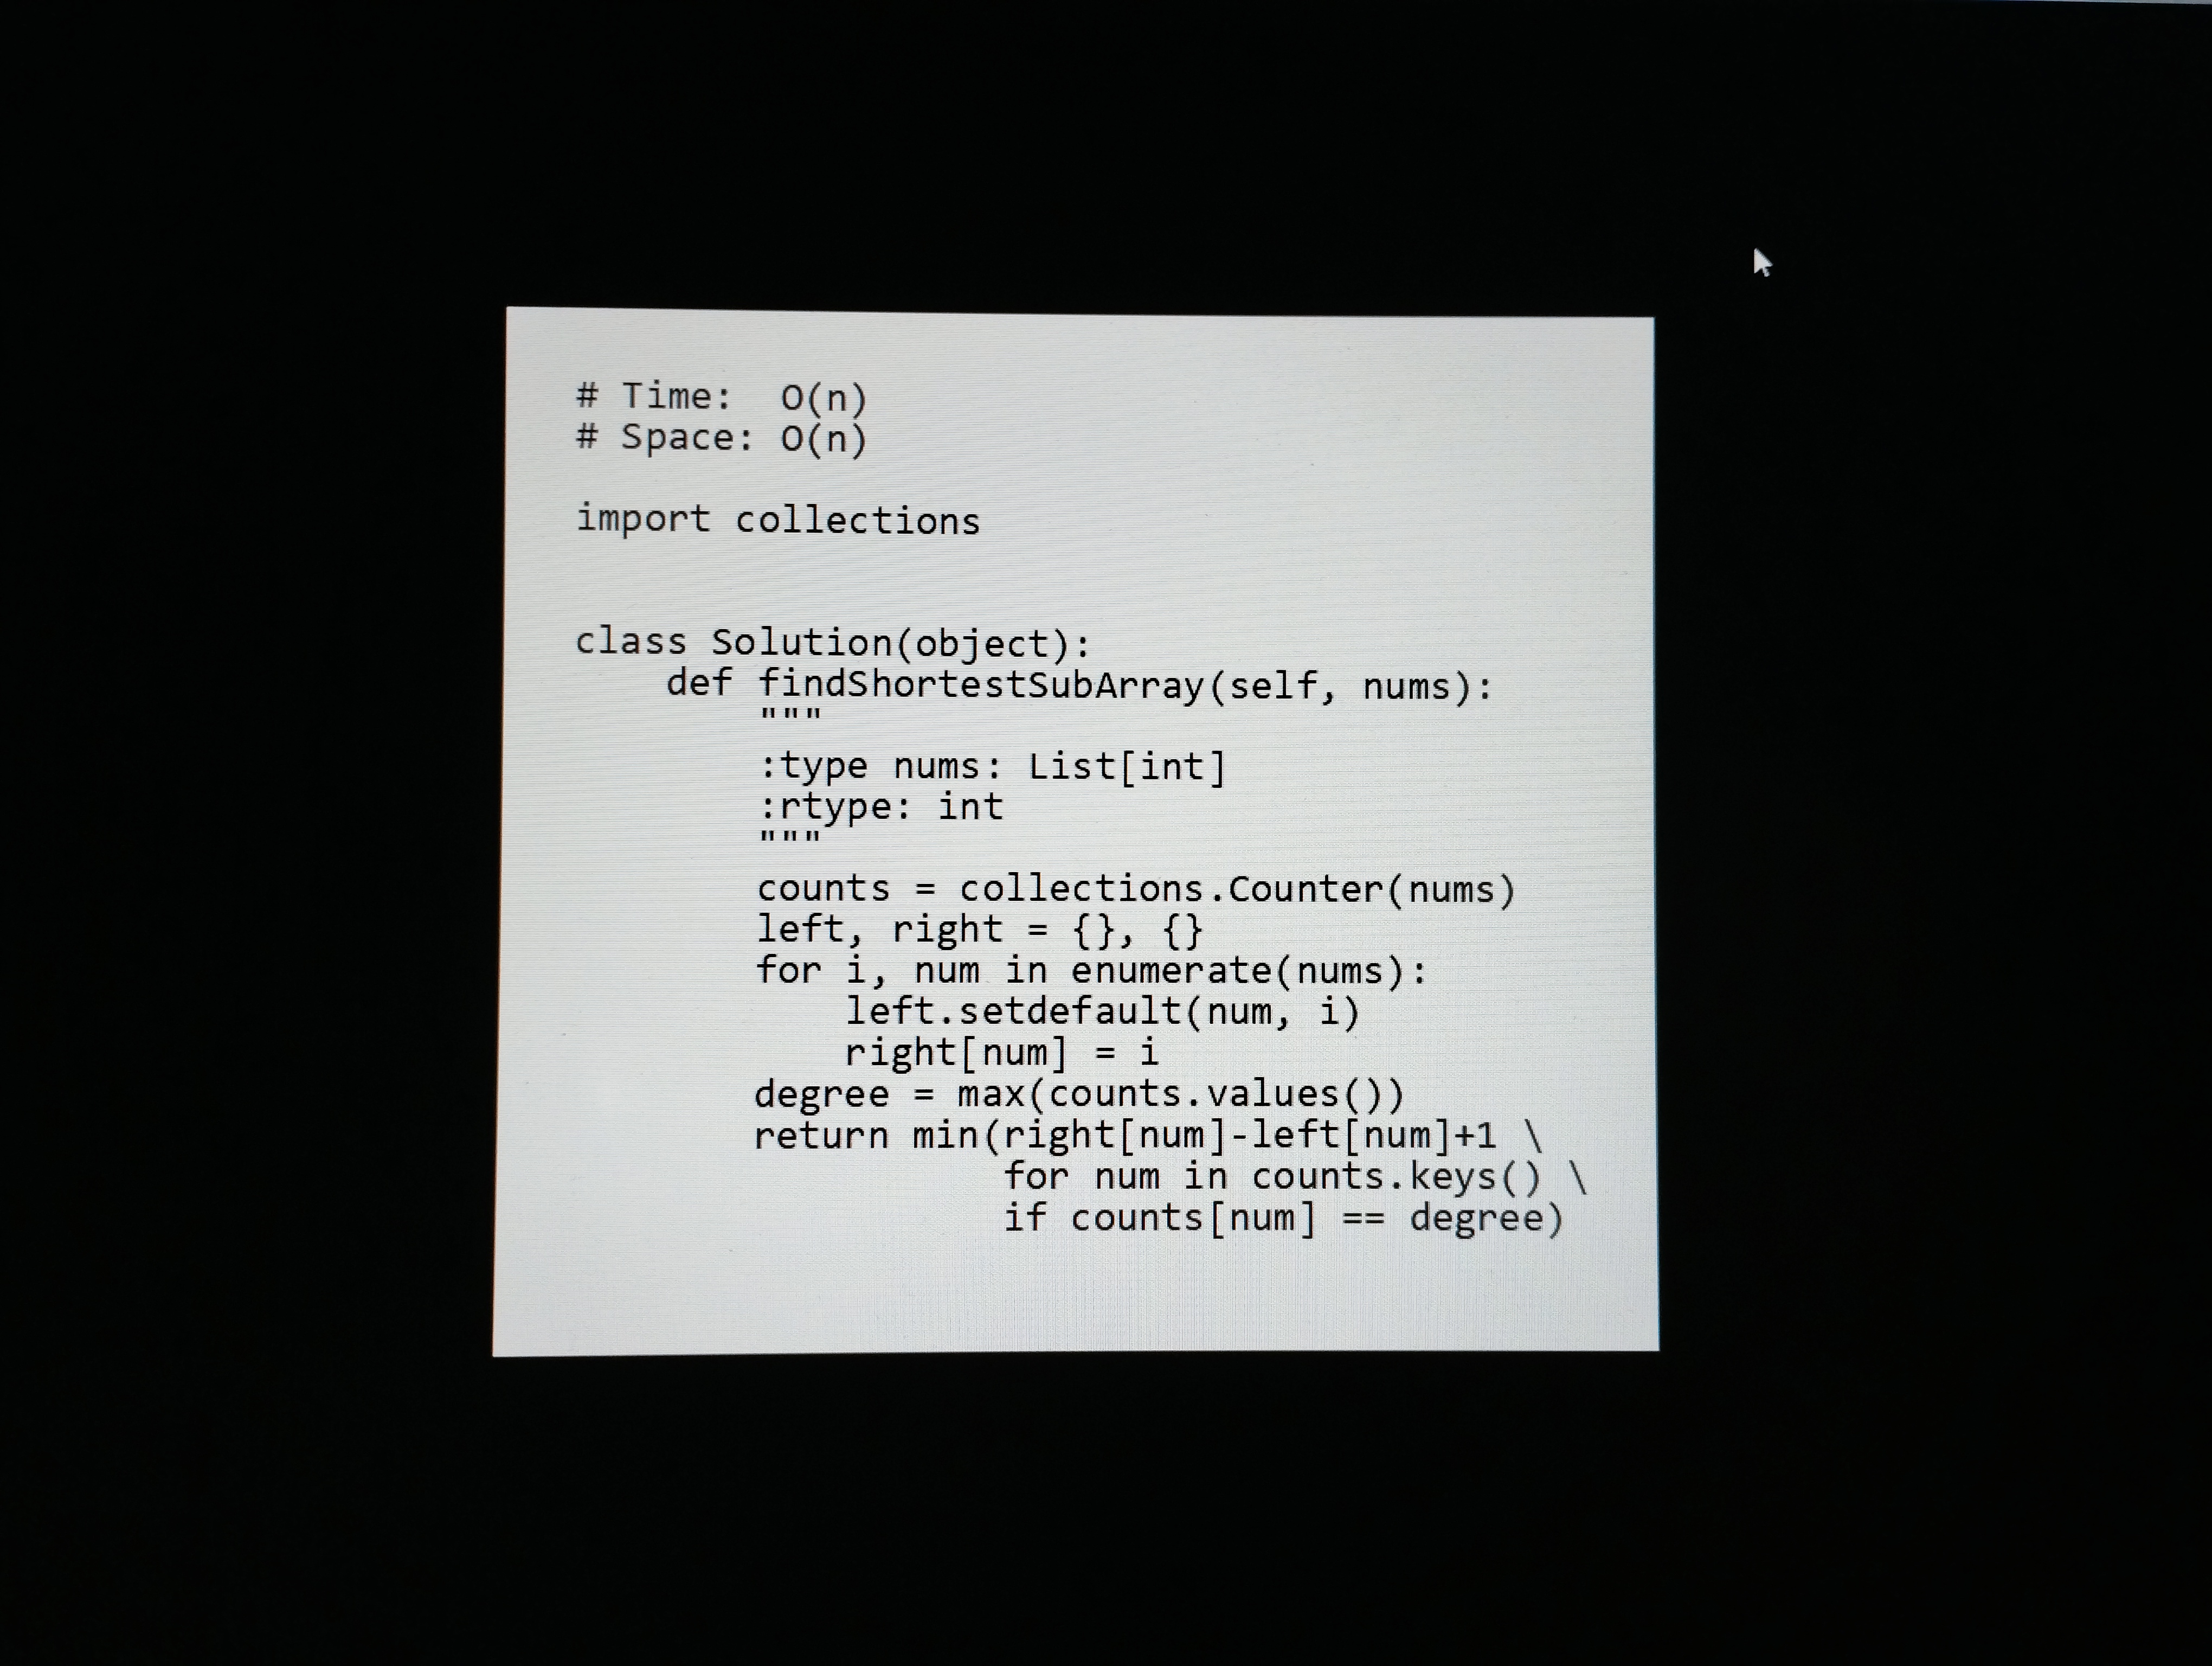
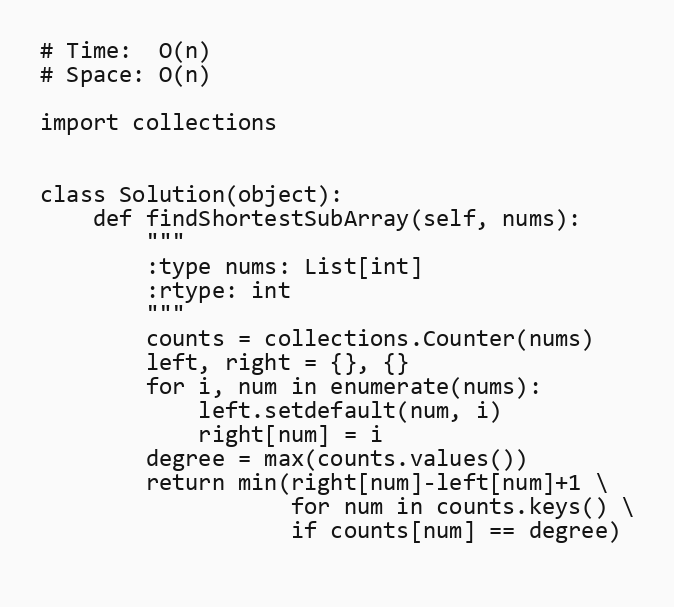
# Time:  O(n)
# Space: O(n)

import collections

class Solution(object):
    def findShortestSubArray(self, nums):
        """
        :type nums: List[int]
        :rtype: int
        """
        counts = collections.Counter(nums)
        left, right = {}, {}
        for i, num in enumerate(nums):
            left.setdefault(num, i)
            right[num] = i
        degree = max(counts.values())
        return min(right[num]-left[num]+1 \
                   for num in counts.keys() \
                   if counts[num] == degree)